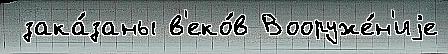
 зака́заны в'еко́в Вооруже́н'иjе